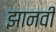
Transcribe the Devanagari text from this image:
झानवी